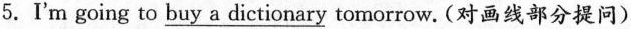
5.I'm going to \underline{buy a dictionary} tomorrow. (对画线部分提问)